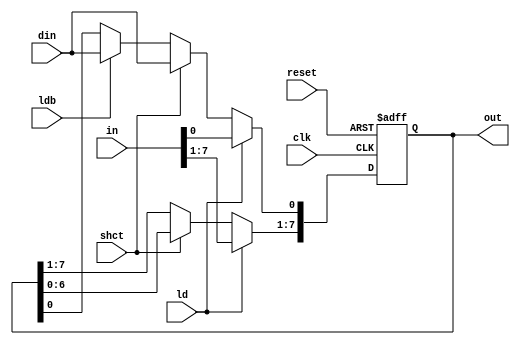
`timescale 1ns / 1ps
//////////////////////////////////////////////////////////////////////////////////
// Company: 
// Engineer: 
// 
// Design Name: 
// Module Name: shregn
// Project Name: 
// Target Devices: 
// Tool Versions: 
// Description: 
// 
// Dependencies: 
// 
// Revision:
// Revision 0.01 - File Created
// Additional Comments:
// 
//////////////////////////////////////////////////////////////////////////////////


module shregn(output reg [7:0] out, input [7:0] in, input din,ld,shct,ldb,clk,reset);
always @(posedge clk, posedge reset)
begin
    if(reset)
        out <= 0;
    else if(ld)
        out <= in;
    else if(shct)
        out <= {out[6:0],din};
    else if(ldb)
        out[0] <= din;
end
endmodule